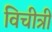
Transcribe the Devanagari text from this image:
विचीत्री